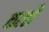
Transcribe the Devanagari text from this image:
कल्लै